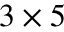
3 \times 5